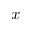
x